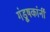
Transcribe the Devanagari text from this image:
गंडूषकांनीं